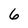
Character: 6